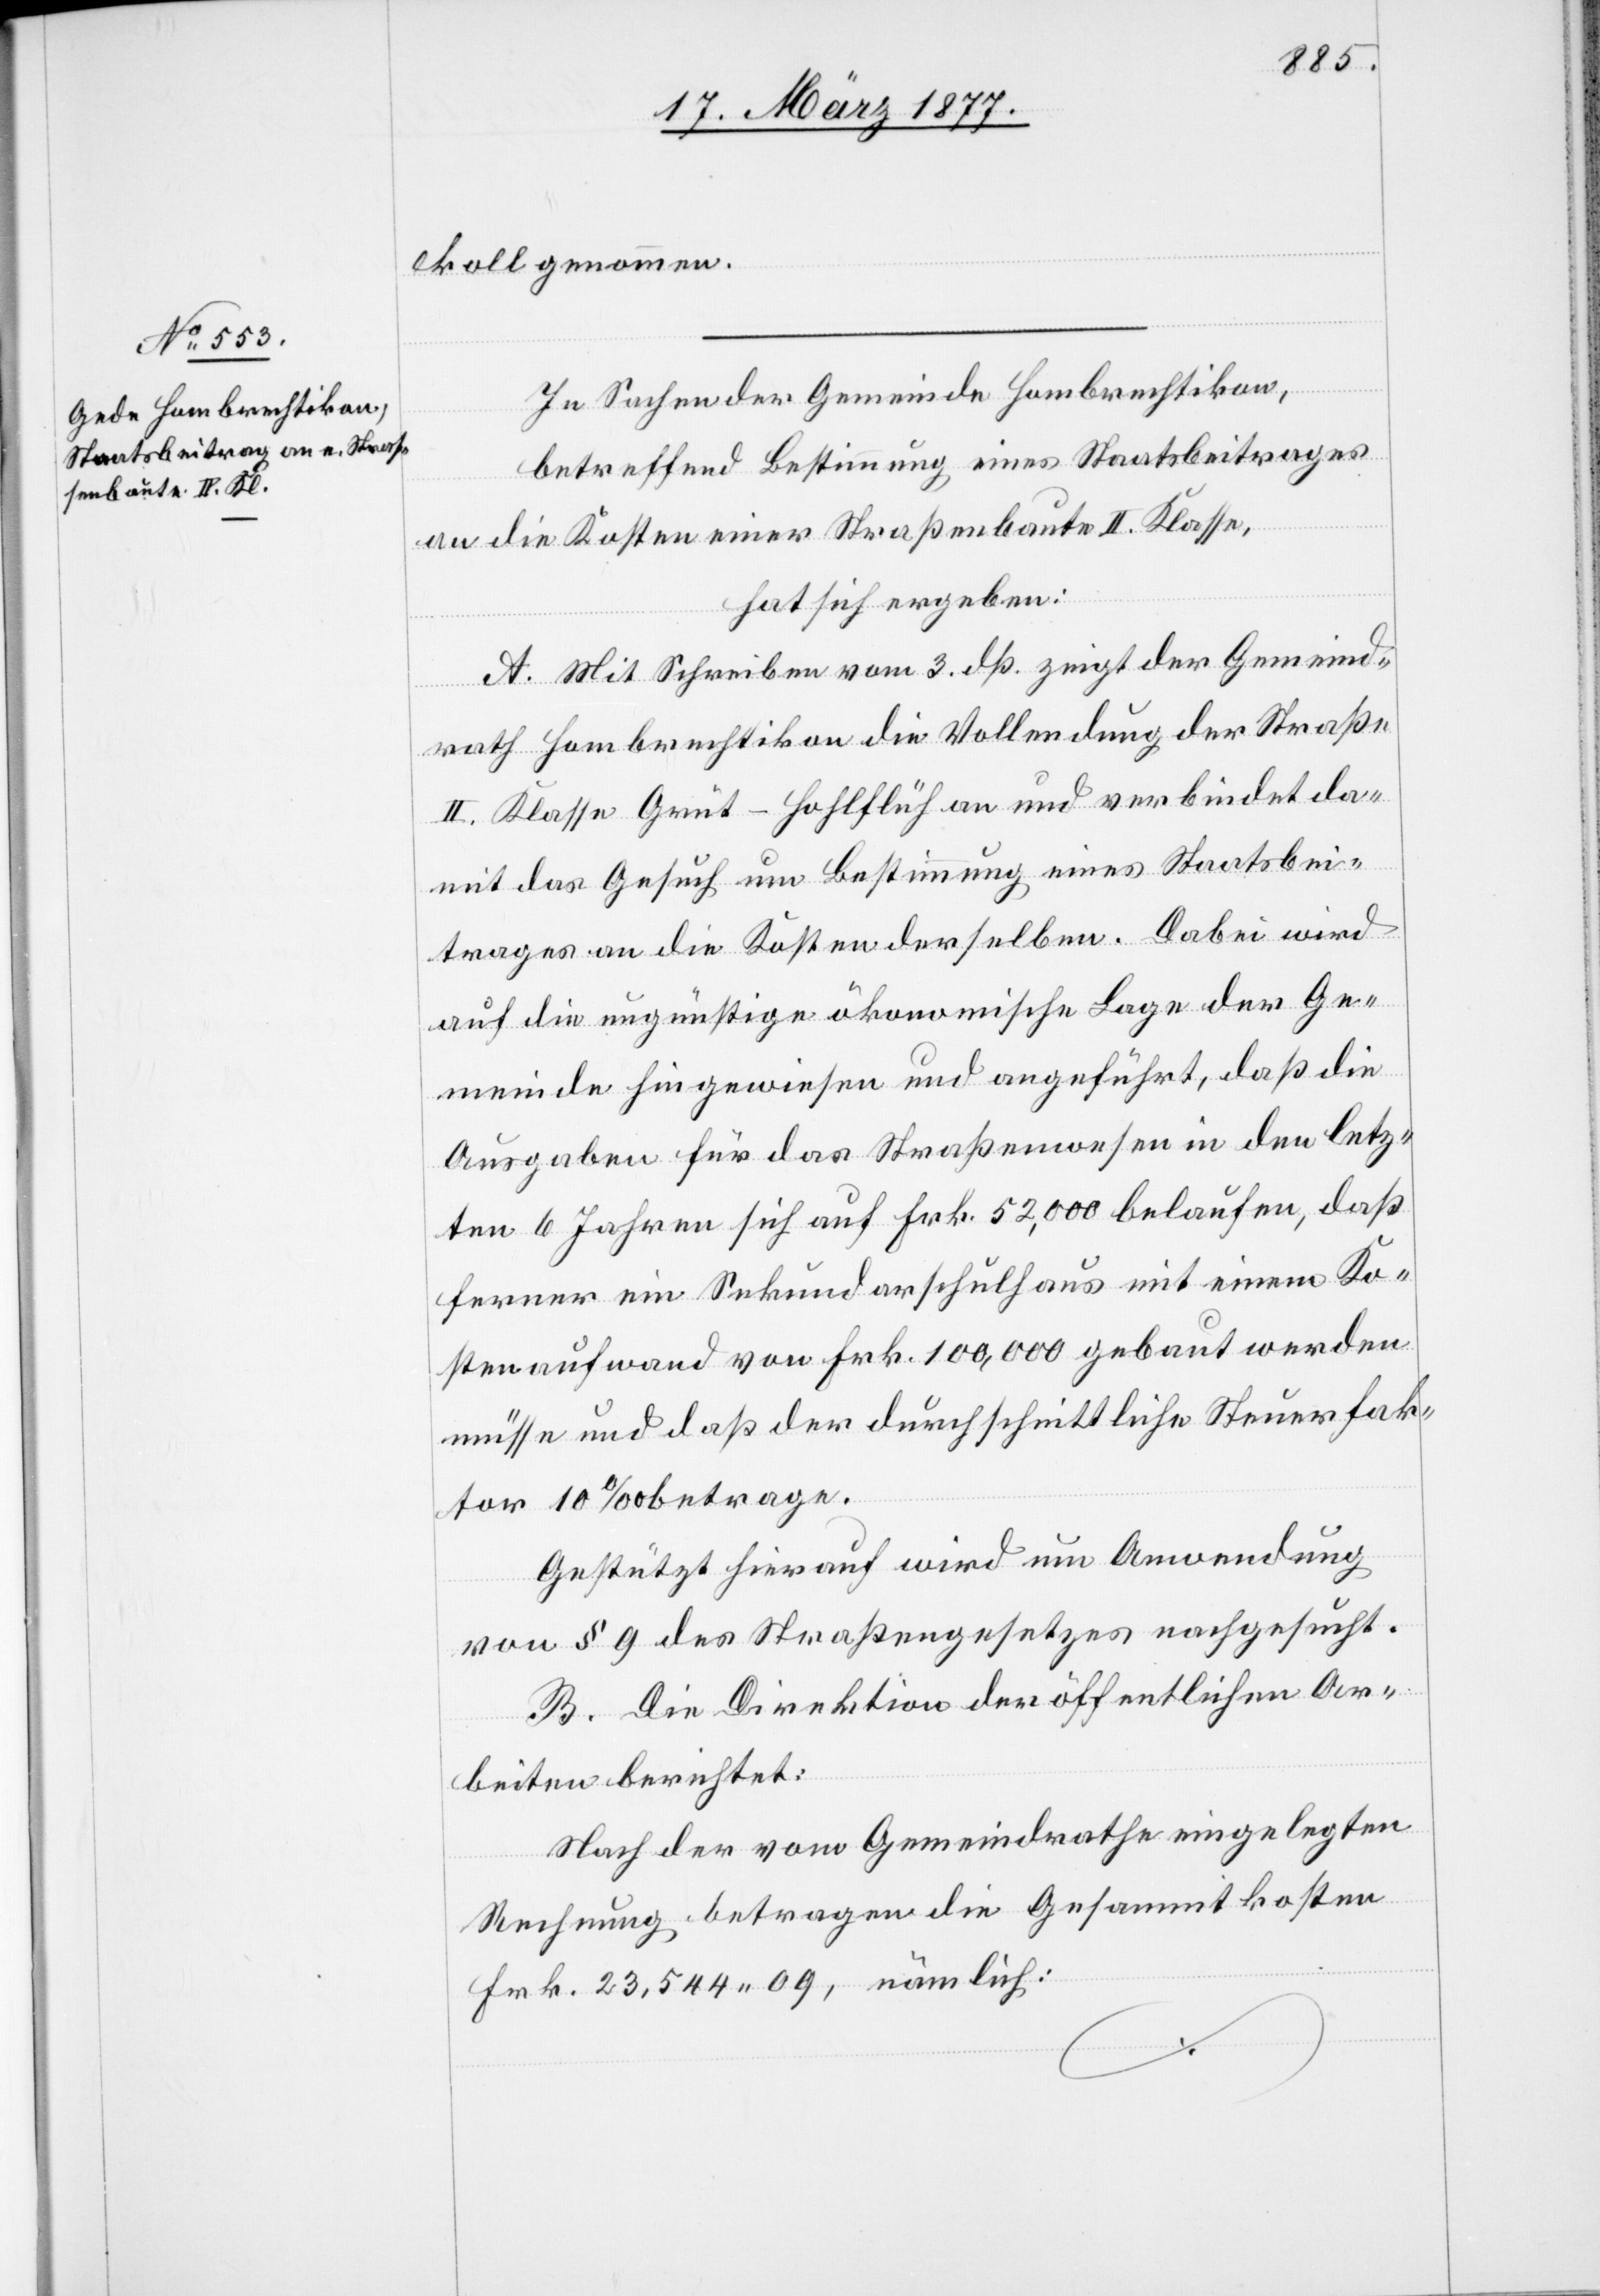
koll genommen.
In Sachen der Gemeinde Hombrechtikon,
betreffend Bestimmung eines Staatsbeitrages
an die Kosten einer Straßenbaute II. Klasse,
hat sich ergeben:
A. Mit Schreiben vom 3. dß. zeigt der Gemeind¬
rath Hombrechtikon die Vollendung der Straße
II. Klasse Grüt–Hohlflüh an und verbindet da¬
mit das Gesuch um Bestimmung eines Staatsbei¬
trages an die Kosten derselben. Dabei wird
auf die ungünstige ökonomische Lage der Ge¬
meinde hingewiesen und angeführt, daß die
Ausgaben für das Straßenwesen in den letz¬
ten 6 Jahren sich auf Frk. 52,000 belaufen, daß
ferner ein Sekundarschulhaus mit einem Ko¬
stenaufwand von Frk. 100,000 gebaut werden
müsse und daß der durchschnittliche Steuerfak¬
tor 10‰ betrage.
Gestützt hierauf wird um Anwendung
von § 9 des Straßengesetzes nachgesucht.
B. Die Direktion der öffentlichen Ar¬
beiten berichtet:
Nach der vom Gemeindrathe eingelegten
Rechnung betragen die Gesammtkosten
Frk. 23,544 09, nämlich: